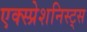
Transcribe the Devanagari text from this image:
एक्स्प्रेशनिस्ट्स